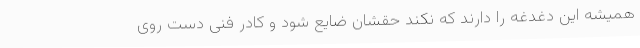
همیشه این دغدغه را دارند که نکند حقشان ضایع شود و کادر فنی دست روی